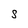
Character: S